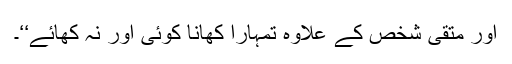
اور متقی شخص کے علاوہ تمہارا کھانا کوئی اور نہ کھائے‘‘۔